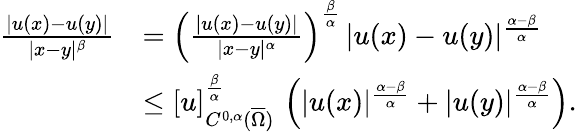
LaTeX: \begin{array}{rl}{\frac{|u(x)-u(y)|}{|x-y|^{\beta}}}&{=\left(\frac{|u(x)-u(y)|}{|x-y|^{\alpha}}\right)^{\frac{\beta}{\alpha}}\, |u(x)-u(y)|^{\frac{\alpha-\beta}{\alpha}}}\\ &{\le[u]_{C^{0,\alpha}(\overline{{\Omega}})}^{\frac{\beta}{\alpha}}\, \left(|u(x)|^{\frac{\alpha-\beta}{\alpha}}+|u(y)|^{\frac{\alpha-\beta}{\alpha}}\right).}\end{array}